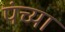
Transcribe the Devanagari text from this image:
पंच्या